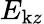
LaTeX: E_{\mathrm{k}z}